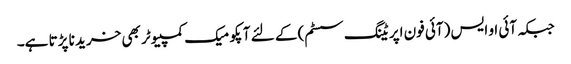
جبکہ آئی او ایس (آئی فون اپریٹنگ سسٹم) کے لئے آپکو میک کمپیوٹر بھی خرید نا پڑتا ہے۔